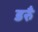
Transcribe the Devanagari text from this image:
डरुँ